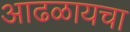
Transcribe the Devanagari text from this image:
आढळायचा